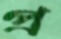
প্র